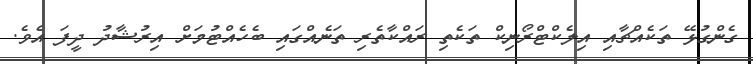
ގެންގުޅޭ ތަކެެއްޗާއި އިލެކްޓްރޯނިކް ތަކެތި ރައްކާތެރި ތަނެއްގައި ބެހެއްޓުމަށް އިރުޝާދު ދީފަ އެވެ.